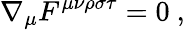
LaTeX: \nabla_{\mu}F^{\mu\nu\rho\sigma\tau}=0~,